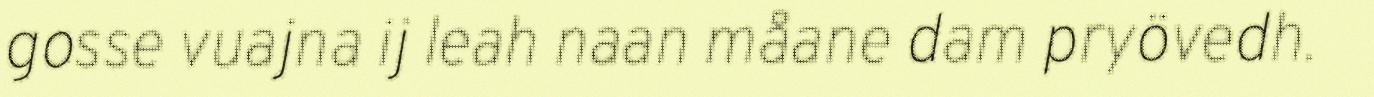
gosse vuajna ij leah naan måane dam pryövedh.